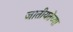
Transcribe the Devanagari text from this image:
जातीयतेच्या